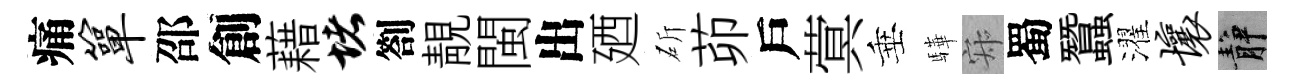
痛箪邵創藉堵劄靚閩出廼斫茆戶蓂垂驊寂蜀蠶濯壤静